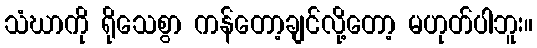
သံဃာကို ရိုသေစွာ ကန်တော့ချင်လို့တော့ မဟုတ်ပါဘူး။